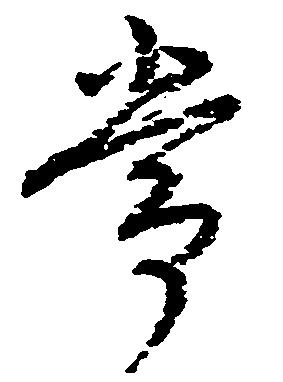
常